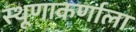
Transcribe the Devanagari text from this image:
स्थूणाकर्णाला